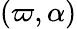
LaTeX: (\varpi,\alpha)